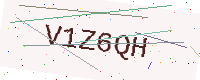
Text: V1Z6QH